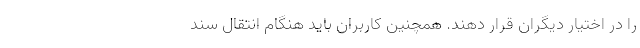
را در اختیار دیگران قرار دهند. همچنین کاربران باید هنگام انتقال سند